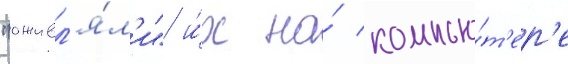
"оживл'я́л'и" и́х на́ компью́т'ер'е